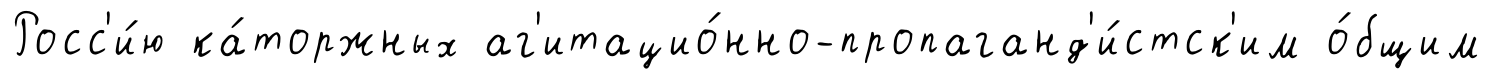
Росс'и́ю ка́торжных аг'итацио́нно-пропаганд'и́стск'им о́бщим